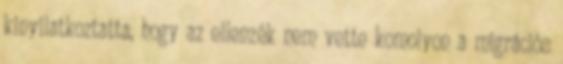
kinyilatkoztatta, hogy az ellenzék nem vette komolyon a migrációs